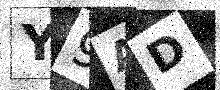
Text: Y9AD